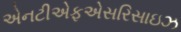
એનટીએફએસરિસાઇઝ